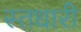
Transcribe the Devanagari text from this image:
स्तधारी